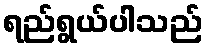
ရည်ရွယ်ပါသည်